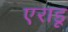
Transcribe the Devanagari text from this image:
एराडू